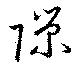
隙